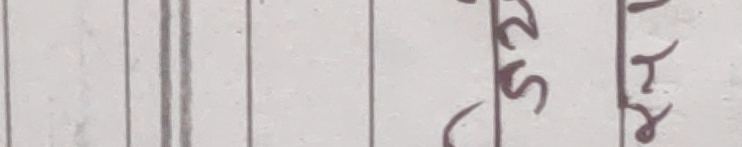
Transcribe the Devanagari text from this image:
रुर